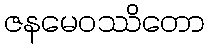
ဇနမေဝဿိတော